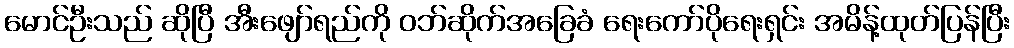
မောင်ဦးသည် ဆိုပြီ အီးဖျော်ရည်ကို ဝဘ်ဆိုက်အခြေခံ ရေးကော်ပိုရေးရှင်း အမိန့်ထုတ်ပြန်ပြီး